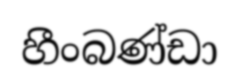
හීංබණ්ඩා